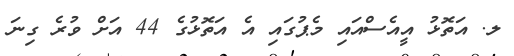
ލ. އަތޮޅު އީއެސްއައި މެޕުގައި އެ އަތޮޅުގެ 44 އަށް ވުރެ ގިނަ